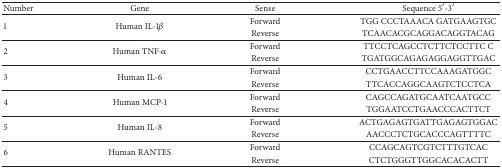
<table><thead><tr><td><b>Number</b></td><td><b>Gene</b></td><td><b>Sense</b></td><td><b>Sequence 5′-3′</b></td></tr></thead><tbody><tr><td rowspan="2">1</td><td rowspan="2">Human IL-1<i>β</i></td><td>Forward</td><td>TGG CCCTAAACA GATGAAGTGC</td></tr><tr><td>Reverse</td><td>TCAACACGCAGGACAGGTACAG</td></tr><tr><td rowspan="2">2</td><td rowspan="2">Human TNF-<i>α</i></td><td>Forward</td><td>TTCCTCAGCCTCTTCTCCTTC C</td></tr><tr><td>Reverse</td><td>TGATGGCAGAGAGGAGGTTGAC</td></tr><tr><td rowspan="2">3</td><td rowspan="2">Human IL-6</td><td>Forward</td><td>CCTGAACCTTCCAAAGATGGC</td></tr><tr><td>Reverse</td><td>TTCACCAGGCAAGTCTCCTCA</td></tr><tr><td rowspan="2">4</td><td rowspan="2">Human MCP-1</td><td>Forward</td><td>CAGCCAGATGCAATCAATGCC</td></tr><tr><td>Reverse</td><td>TGGAATCCTGAACCCACTTCT</td></tr><tr><td rowspan="2">5</td><td rowspan="2">Human IL-8</td><td>Forward</td><td>ACTGAGAGTGATTGAGAGTGGAC</td></tr><tr><td>Reverse</td><td>AACCCTCTGCACCCAGTTTTC</td></tr><tr><td rowspan="2">6</td><td rowspan="2">Human RANTES</td><td>Forward</td><td>CCAGCAGTCGTCTTTGTCAC</td></tr><tr><td>Reverse</td><td>CTCTGGGTTGGCACACACTT</td></tr></tbody></table>